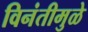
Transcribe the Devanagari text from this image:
विनंतीमुळे